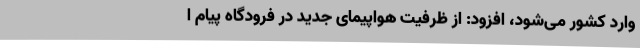
وارد کشور می‌شود، افزود: از ظرفیت هواپیمای جدید در فرودگاه پیام ا